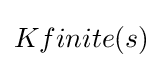
K{finite}(s)